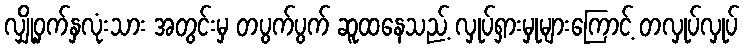
လျှို့ဝှက်နှလုံးသား အတွင်းမှ တပွက်ပွက် ဆူထနေသည့် လှုပ်ရှားမှုများကြောင့် တလှုပ်လှုပ်